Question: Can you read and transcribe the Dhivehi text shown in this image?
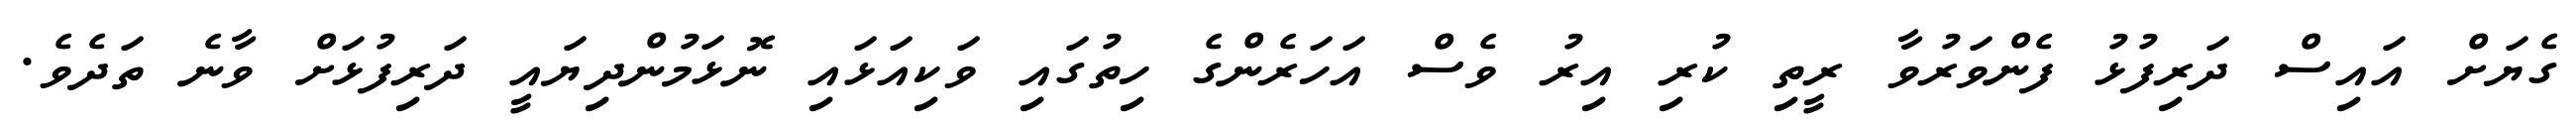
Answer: ގެޔަށް އައިސް ދަރިފުޅު ފެންވަރުވާ ރީތި ކުރި އިރު ވެސް އަހަރެންގެ ހިތުގައި ވަކިއަޅައި ނޮޅަމުންދިޔައީ ދަރިފުޅަށް ވާނެ ތަދެވެ.